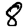
Digit: 8